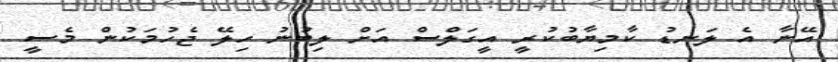
އޭނާ އެ ލަނޑު ކާމިޔާބުކުރީ އީގަލްސް އަށް ލިބުނު ހިލޭ ޖެހުމަކުން މެސީ